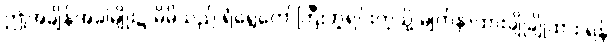
ဤအချိန်အခါမျိုး၌ မိမိသည် ရံရွေတော်ကြီးဘူရင်းကဲ့သို့ မျက်နှာထားချိုချိုထား ရန်